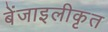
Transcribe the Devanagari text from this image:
बेंजाइलीकृत